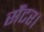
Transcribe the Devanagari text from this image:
सैंटर।